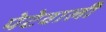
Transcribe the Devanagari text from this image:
पेटेवाली